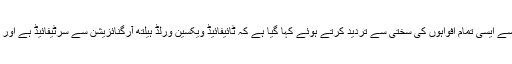
محکمہ صحت سندھ کی جانب سے ایسی تمام افواہوں کی سختی سے تردید کرتے ہوئے کہا گیا ہے کہ ٹائیفائیڈ ویکسین ورلڈ ہیلتھ آرگنائزیشن سے سرٹیفائیڈ ہے اور اس کا کوئی سائیڈ ایفیکٹ نہیں۔